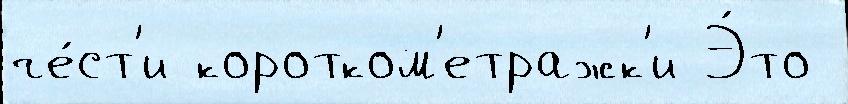
че́ст'и коротком'етражк'и Э́то